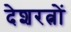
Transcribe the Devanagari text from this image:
देशरत्नों